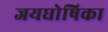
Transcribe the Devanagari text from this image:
जयघोषिका